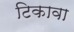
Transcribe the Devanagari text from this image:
टिकावा